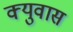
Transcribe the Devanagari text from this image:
क्युवास